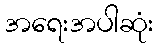
အရေးအပါဆုံး